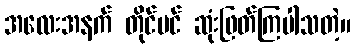
အလေးအနက် တိုင်ပင် ဆုံးဖြတ်ကြပါသတဲ့။